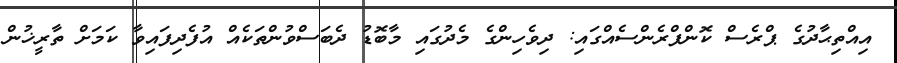
އިއްތިޙާާދުގެ ޕްރެސް ކޮންފްރެންސެއްގައި: ދިވެހިންގެ މެދުގައި މާބޮޑު ދެބަސްވުންތަކެއް އުފެދިފައިވާ ކަމަށް ތާރީޚުން